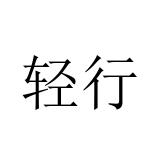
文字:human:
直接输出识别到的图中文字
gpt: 轻行